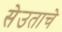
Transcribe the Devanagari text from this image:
सेउताचे